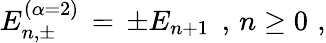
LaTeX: E_{n,\pm}^{(\alpha=2)}\, =\, \pm E_{n+1}\; \, ,\, n\geq 0\, \, ,